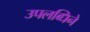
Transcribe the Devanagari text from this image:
उपलब्धिने